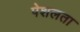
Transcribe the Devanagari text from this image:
पेशलता